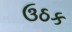
ઉઠક